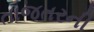
તાજતરની